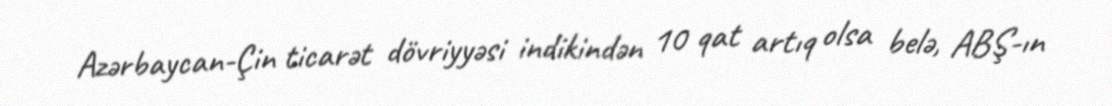
Azərbaycan-Çin ticarət dövriyyəsi indikindən 10 qat artıq olsa belə, ABŞ-ın